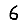
Digit: 6